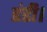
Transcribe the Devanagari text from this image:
डंडी।